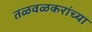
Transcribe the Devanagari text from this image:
तळवळकरांच्या